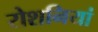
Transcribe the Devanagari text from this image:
रोशनियां